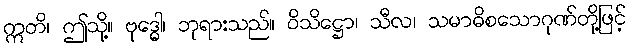
ဣတိ၊ ဤသို့။ ဗုဒ္ဓေါ၊ ဘုရားသည်။ ဝိသိဋ္ဌော၊ သီလ၊ သမာဓိစသောဂုဏ်တို့ဖြင့်